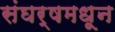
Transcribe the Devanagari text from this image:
संघर्षमधून